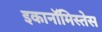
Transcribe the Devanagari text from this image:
इकानॉमिस्तेस